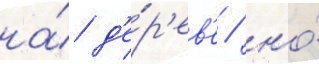
на́ д'е́р'ев'е / но́